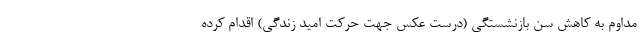
مداوم به کاهش سن بازنشستگی (درست عکس جهت حرکت امید زندگی) اقدام کرده